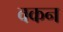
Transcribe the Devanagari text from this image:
वकन